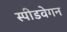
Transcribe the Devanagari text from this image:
स्पीडवेगन